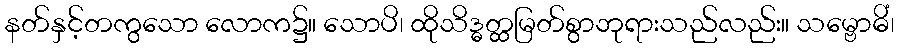
နတ်နှင့်တကွသော လောက၌။ သောပိ၊ ထိုသိဒ္ဓတ္ထမြတ်စွာဘုရားသည်လည်း။ သမ္ဗောဓိံ၊